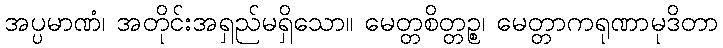
အပ္ပမာဏံ၊ အတိုင်းအရှည်မရှိသော။ မေတ္တစိတ္တဉ္စ၊ မေတ္တာကရုဏာမုဒိတာ